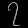
Digit: ၇